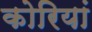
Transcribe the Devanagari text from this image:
कोरियां